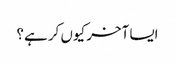
ایسا آخر کیوں کر ہے؟